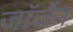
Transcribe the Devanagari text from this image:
जॉर्जेन